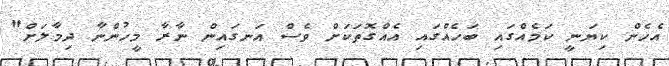
އެހެން ކިޔަނީ ކަމެއްގައި ބަހެއްގައި އެއްގޮތަކަށް ވެސް އަނގައިން ނާރާ މީހުންނާ ދިމާލަށް"